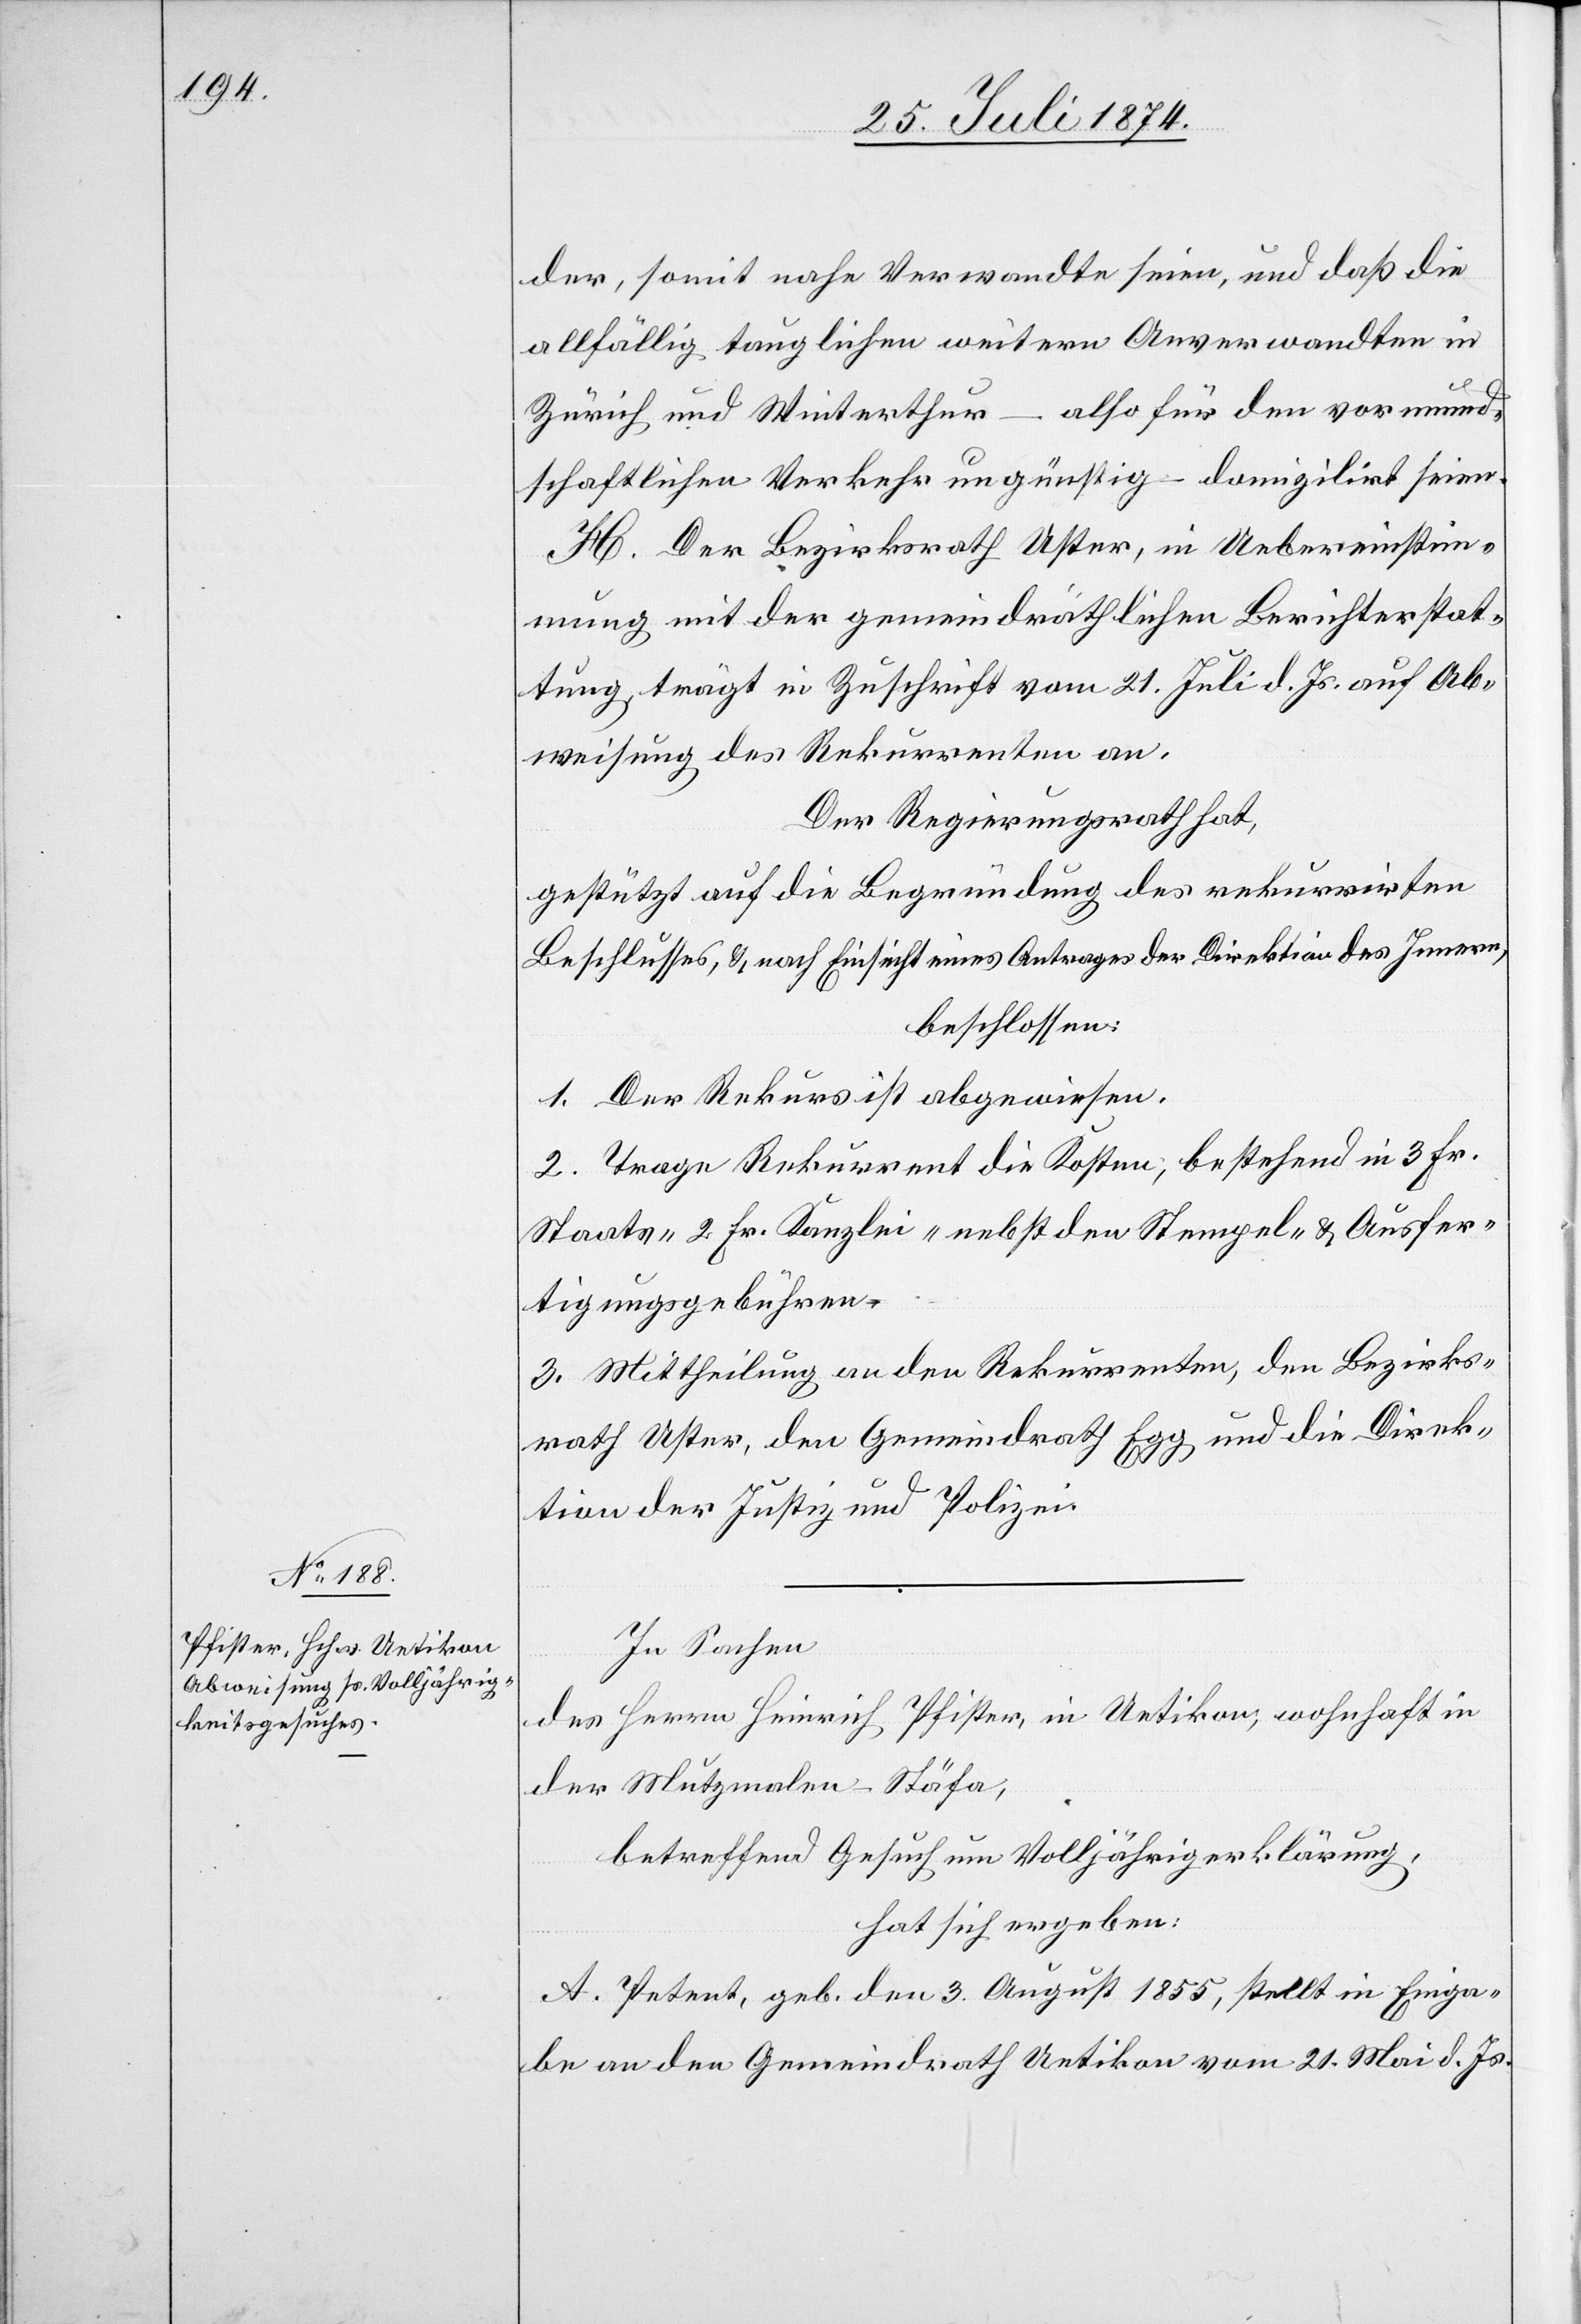
der, somit nahe Verwandte seien, und daß die
allfällig tauglichen weitern Anverwandten in
Zürich und Winterthur – also für den vormund¬
schaftlichen Verkehr ungünstig – domizilirt seien.
H. Der Bezirksrath Uster, in Uebereinstim¬
mung mit der gemeindräthlichen Berichterstat¬
tung trägt in Zuschrift vom 21. Juli d. Js. auf Ab¬
weisung des Rekurrenten an.
Der Regierungsrath hat,
gestützt auf die Begründung des rekurrirten
Beschlusses, u. nach Einsicht eins Antrages der Direktion des Innern,
beschlossen:
1. Der Rekurs ist abgewiesen.
2. Trage Rekurrent die Kosten, bestehend in 3 Fr.
Staats- [,] 2 Fr. Kanzlei- nebst den Stempel- u. Ausfer¬
tigungsgebühren.
3. Mittheilung an den Rekurrenten, den Bezirks¬
rath Uster, den Gemeindrath Egg und die Direk¬
tion der Justiz und Polizei.
In Sachen
des Herrn Heinrich Pfister, in Uetikon, wohnhaft in
der Mutzmalen-Stäfa,
betreffend Gesuch um Volljährigerklärung,
hat sich ergeben:
A. Petent, geb. den 3. August 1855, stellt in Einga¬
be an den Gemeindrath Uetikon vom 21. Mai d. Js.